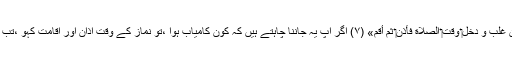
تو فرمایا : «إِذَا أَرَدْتَ أَنْ تَعْلَمَ مَنْ غَلَبَ وَ دَخَلَ‏ وَقْتُ‏ الصَّلَاةِ فَأَذِّنْ‏ ثُمَّ أَقِمْ» (۷) اگر آپ یہ جاننا چاہتے ہیں کہ کون کامیاب ہوا ،تو نماز کے وقت اذان اور اقامت کہو ،تب دیکھو کہ کون کامیاب ہوا ہے !